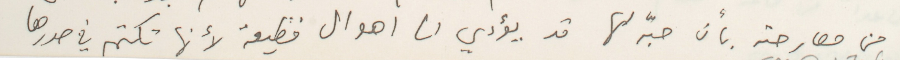
من مصارحته بأن حبّه لها قد يؤدي الى اهوال فظيعة لأنها تكتمه في صدرها